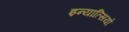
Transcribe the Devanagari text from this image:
इन्यात्सियो